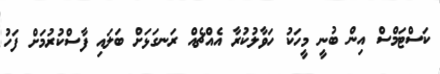
ކަސްޓަމްސް އިން ބުނީ މީހަކު ހަވާލުކުރާ އެއްޗެއް ރަނގަޅަށް ބަލައި ފާސްކުރުމަށް ފަހު